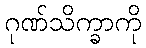
ဂုဏ်သိက္ခာကို